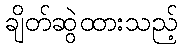
ချိတ်ဆွဲထားသည့်